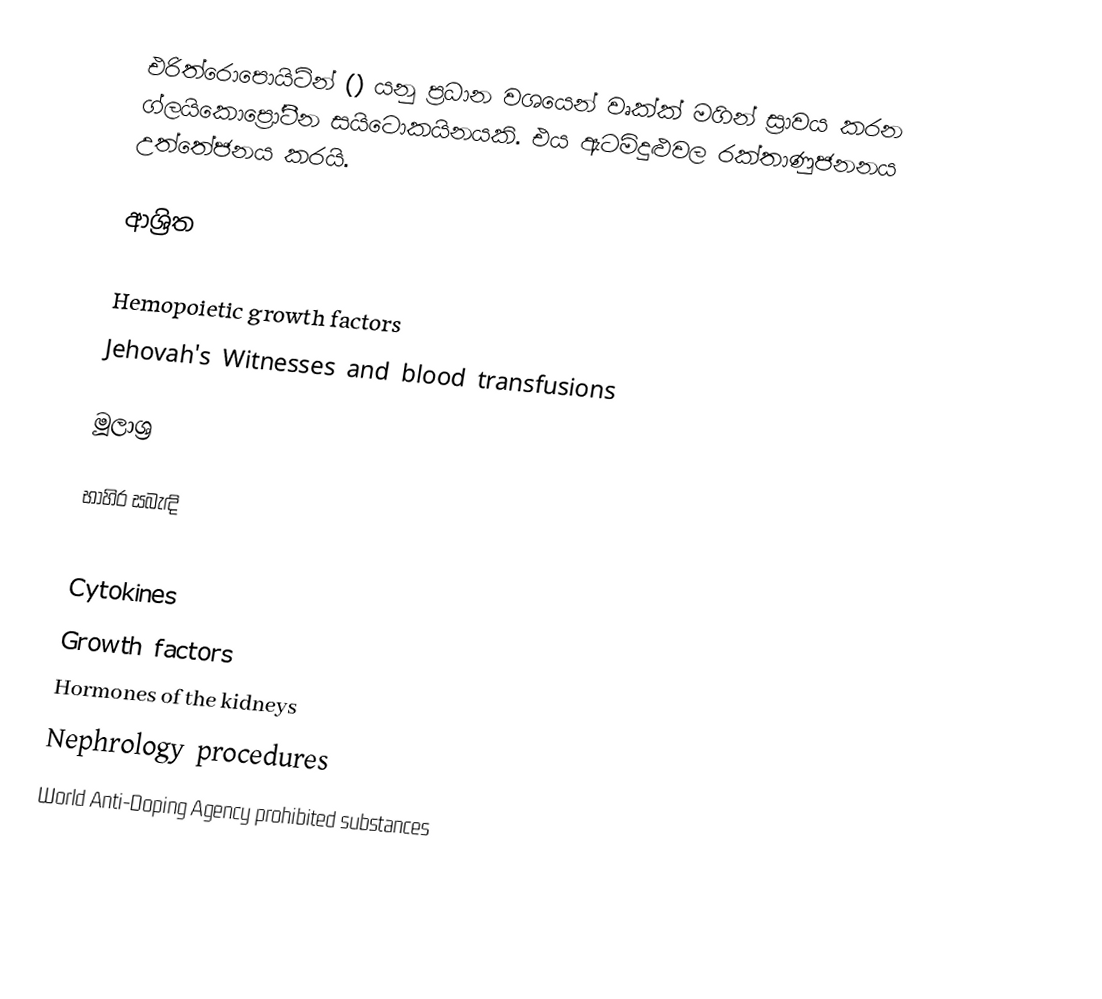
එරිත්රොපොයිටින් () යනු ප්‍රධාන වශයෙන් වෘක්ක් මගින් ස්‍රාවය කරන ග්ලයිකොප්‍රෝටීන සයිටොකයිනයකි. එය ඇටමිදුළුවල රක්තාණුජනනය උත්තේජනය කරයි.

ආශ්‍රිත

 Hemopoietic growth factors
 Jehovah's Witnesses and blood transfusions

මූලාශ්‍ර

භාහිර සබැඳි

Cytokines
Growth factors
Hormones of the kidneys
Nephrology procedures
World Anti-Doping Agency prohibited substances